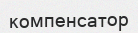
компенсатор